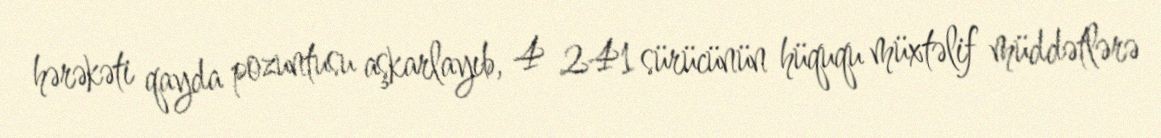
hərəkəti qayda pozuntusu aşkarlayıb, 4 241 sürücünün hüququ müxtəlif müddətlərə